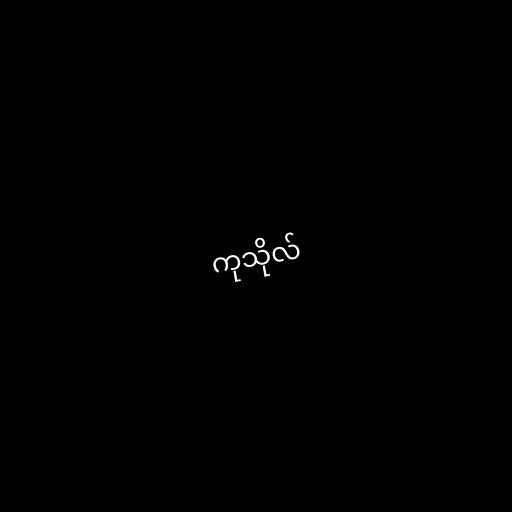
ကုသိုလ်